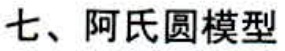
七、阿氏圆模型